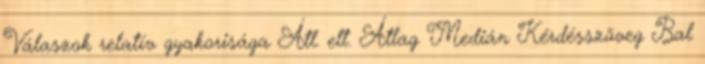
Válaszok relatív gyakorisága Átl. elt. Átlag Medián Kérdésszöveg Bal